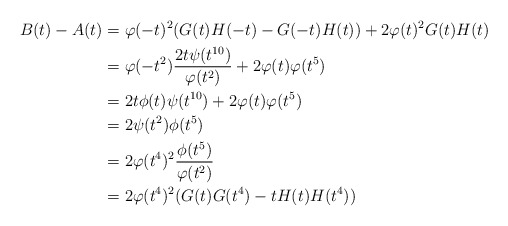
\begin{align*} B(t)-A(t) &= \varphi(-t)^2(G(t)H(-t)-G(-t)H(t))+2\varphi(t)^2G(t)H(t)\\ &= \varphi(-t^2)\dfrac{2t\psi(t^{10})}{\varphi(t^2)}+2\varphi(t)\varphi(t^5)\\ &= 2t\phi(t)\psi(t^{10})+2\varphi(t)\varphi(t^5)\\ &= 2\psi(t^2)\phi(t^5)\\ &= 2\varphi(t^4)^2\frac{\phi(t^5)}{\varphi(t^2)}\\ &= 2\varphi(t^4)^2(G(t)G(t^4)-tH(t)H(t^4))\end{align*}